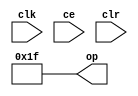
module constant_752327bec1 (
  output [(6 - 1):0] op,
  input clk,
  input ce,
  input clr);
  localparam [(6 - 1):0] const_value = 6'b011111;
  assign op = 6'b011111;
endmodule